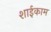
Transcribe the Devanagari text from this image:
शाईकाम